Vaccination in Bombay 1924-1928 - 1924-1928
Year: 1924
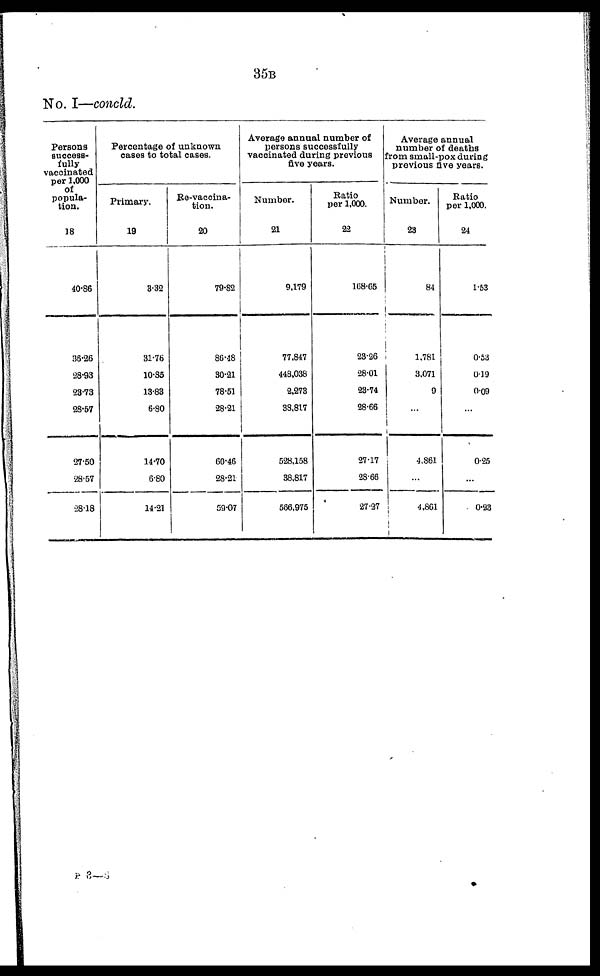
35B
No. I—concld.
Persons
success-
fully
vaccinated
per 1,000
of
popula-
tion.
18
40.86
36.26
28.93
23.73
28.57
37.50
28.67
28.18
Percentage of unknown
cases to total cases.
Primary.
19
3.32
31.76
10.85
13.83
6.80
14.70
680
14.21
Re-vaccina-
tion.
20
79.82
86.48
30.21
78.51
28.21
60.46
28.21
59.07
Average annual number of
persona successfully
vaccinated during previous
five years.
Number.
21
9,179
77,847
448,038
2,273
38,817
528,158
38,817
566,975
Ratio
per 1,000.
22
168.65
23.26
28.01
23.74
28.66
27.17
28.66
27.27
Average annual
number of deaths
from small-pox during
previous five years.
Number.
23
84
1,781
3,071
9
...
4,861
...
4,861
Ratio
per 1,000.
24
1.63
0.53
0.19
0.09
...
0.25
...
0.23
P 3—8